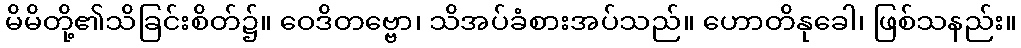
မိမိတို့၏သိခြင်းစိတ်၌။ ဝေဒိတဗ္ဗော၊ သိအပ်ခံစားအပ်သည်။ ဟောတိနုခေါ၊ ဖြစ်သနည်း။